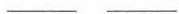
___ ___